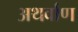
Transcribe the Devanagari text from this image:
अथर्वाण